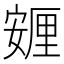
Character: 𡪸